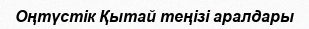
Оңтүстік Қытай теңізі аралдары